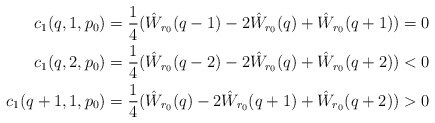
\begin{align*}c_1(q,1,p_0) &= \frac{1}{4}(\hat W_{r_0}(q-1) - 2 \hat W_{r_0}(q) + \hat W_{r_0}(q+1)) = 0\\c_1(q,2,p_0) &= \frac{1}{4}(\hat W_{r_0}(q-2) - 2 \hat W_{r_0}(q) + \hat W_{r_0}(q+2)) < 0\\c_1(q+1,1,p_0) &= \frac{1}{4}(\hat W_{r_0}(q) - 2\hat W_{r_0}(q+1) + \hat W_{r_0}(q+2)) > 0\end{align*}